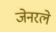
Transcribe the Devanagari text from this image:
जेनरले